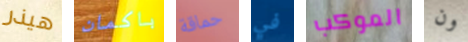
هيذر باكمان حماقة في الموكب ون